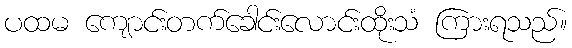
ပထမ ကျောင်းတက်ခေါင်းလောင်းထိုးသံ ကြားရသည်။